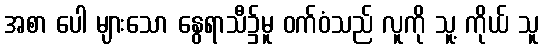
အစာ ပေါ များသော နွေရာသီ၌မူ ဝက်ဝံသည် လူကို သူ့ ကိုယ် သူ